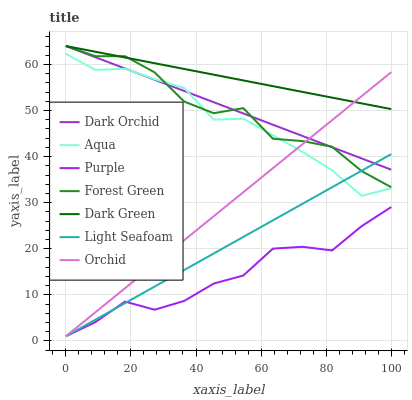
| xaxis_label | Dark Orchid | Aqua | Purple | Forest Green | Dark Green | Light Seafoam | Orchid |
 | --- | --- | --- | --- | --- | --- | --- | --- |
 | 0 | 64 | 62.3 | 1 | 64 | 64 | 1 | 1 |
 | 9.09 | 61.6 | 58.8 | 4.07 | 61.8 | 62.8 | 4.59 | 6.21 |
 | 18.2 | 59.1 | 59.1 | 8.52 | 61.8 | 61.5 | 8.19 | 11.4 |
 | 27.3 | 56.7 | 56.8 | 6.76 | 58.3 | 60.3 | 11.8 | 16.6 |
 | 36.4 | 54.2 | 54.9 | 8.67 | 51.9 | 59 | 15.4 | 21.8 |
 | 45.5 | 51.8 | 48 | 12.4 | 49.4 | 57.8 | 19 | 27.1 |
 | 54.5 | 49.4 | 48.2 | 14.2 | 50.5 | 56.5 | 22.6 | 32.3 |
 | 63.6 | 46.9 | 44.6 | 20 | 43.9 | 55.3 | 26.2 | 37.5 |
 | 72.7 | 44.5 | 41 | 20.4 | 43.4 | 54 | 29.7 | 42.7 |
 | 81.8 | 42 | 37 | 19.6 | 42.1 | 52.8 | 33.3 | 47.9 |
 | 90.9 | 39.6 | 31.5 | 24.9 | 36.8 | 51.6 | 36.9 | 53.1 |
 | 100 | 37.2 | 33.1 | 29 | 33.4 | 50.3 | 40.5 | 58.3 |